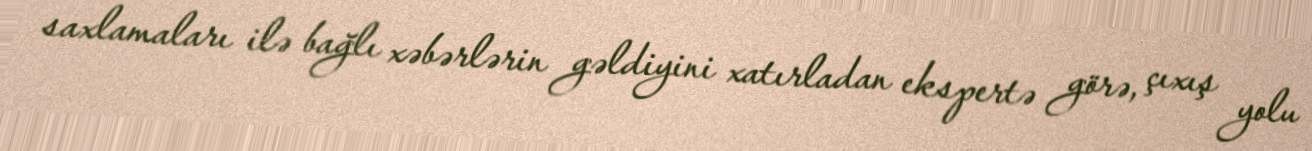
saxlamaları ilə bağlı xəbərlərin gəldiyini xatırladan ekspertə görə, çıxış yolu